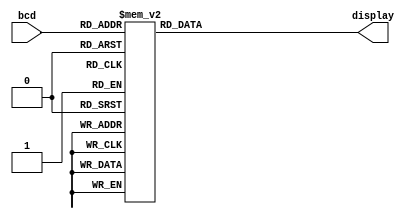
module bcd7seg (bcd, display);
	input [3:0] bcd;
	output [0:6] display;

	reg [0:6] display;

	/*
	 *       0  
	 *      ---  
	 *     |   |
	 *    5|   |1
	 *     | 6 |
	 *      ---  
	 *     |   |
	 *    4|   |2
	 *     |   |
	 *      ---  
	 *       3  
	 */
	always @ (bcd)
		case (bcd)
			4'h0: display = 7'b0000001;
			4'h1: display = 7'b1001111;
			4'h2: display = 7'b0010010;
			4'h3: display = 7'b0000110;
			4'h4: display = 7'b1001100;
			4'h5: display = 7'b0100100;
			4'h6: display = 7'b1100000;
			4'h7: display = 7'b0001111;
			4'h8: display = 7'b0000000;
			4'h9: display = 7'b0001100;
			default: display = 7'b1111111;
		endcase
endmodule